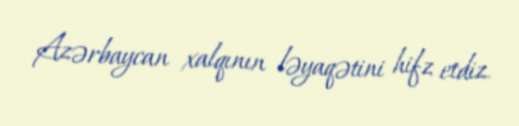
Azərbaycan xalqının ləyaqətini hifz etdiz.